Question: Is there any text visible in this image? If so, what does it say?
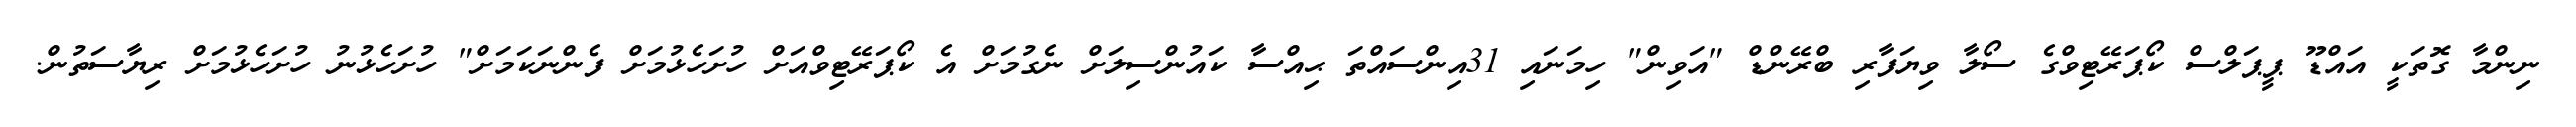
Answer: ނިންމާ ގޮތަކީ އައްޑޫ ޕީޕަލްސް ކޯޕަރޭޓިވްގެ ސޯލާ ވިޔަފާރި ބްރޭންޑް "އަވިން" ހިމަނައި 31އިންސައްތަ ޙިއްސާ ކައުންސިލަށް ނެގުމަށް އެ ކޯޕަރޭޓިވްއަށް ހުށަހެޅުމަށް ފެންނަކަމަށް" ހުށަހެޅުނު ހުށަހެޅުމަށް ރިޔާސަތުން.